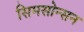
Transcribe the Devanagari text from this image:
सिमसोन्सन